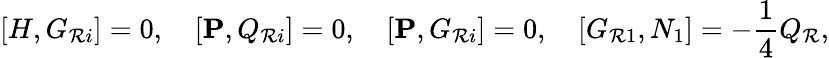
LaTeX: \lbrack{H,G_{\mathcal{R}i}}\rbrack=0,\quad\lbrack{{\mathbf{P}},Q_{\mathcal{R}i}}\rbrack=0,\quad\lbrack{{\mathbf{P}},G_{\mathcal{R}i}}\rbrack=0,\quad\lbrack{G_{\mathcal{R}1},N_{1}}\rbrack=-\frac{{1}}{{4}}Q_{\mathcal{R}},